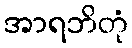
အာရဘိတုံ